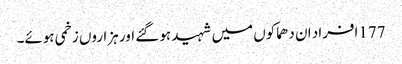
177افراد ان دھماکوں میں شہید ہو گئے اور ہزاروں زخمی ہوئے۔